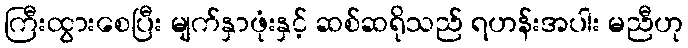
ကြီးထွားစေပြီး မျက်နှာဖုံးနှင့် ဆစ်ဆရိုသည် ရဟန်းအပါး မညီဟု